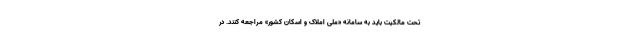
تحت مالکیت باید به سامانه «ملی املاک و اسکان کشور» مراجعه کنند. در